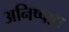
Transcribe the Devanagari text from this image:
अनिष्पाद्य